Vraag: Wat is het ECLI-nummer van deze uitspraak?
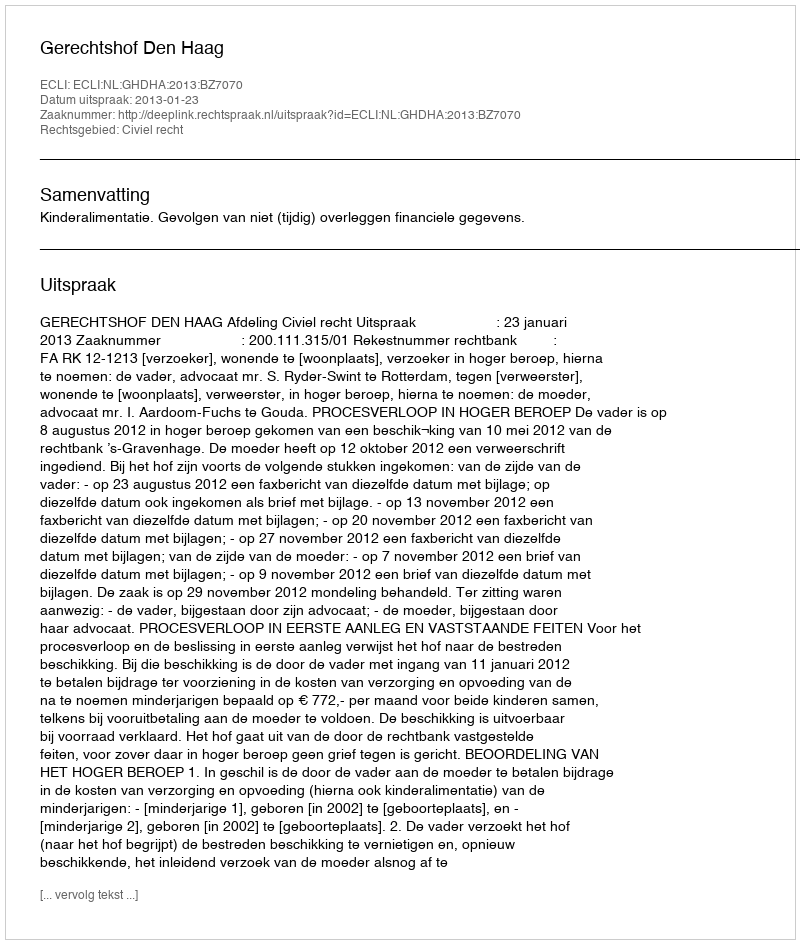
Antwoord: ECLI:NL:GHDHA:2013:BZ7070